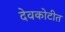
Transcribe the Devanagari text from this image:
देवकोटीत